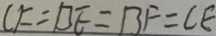
C F = B E = B F = C E